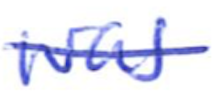
Text: was
Cross-out: single-line
Writing tool: ballpoint